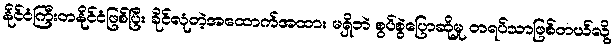
နိုင်ငံကြီးတနိုင်ငံဖြစ်ပြီး ခိုင်လုံတဲ့အထောက်အထား မရှိဘဲ စွပ်စွဲပြောဆိုမှု တရပ်သာဖြစ်တယ်လို့